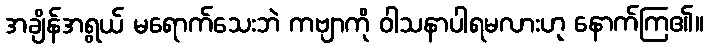
အချိန်အရွယ် မရောက်သေးဘဲ ကဗျာကို ဝါသနာပါရမလားဟု နောက်ကြ၏။